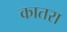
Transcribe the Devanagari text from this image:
कातरा